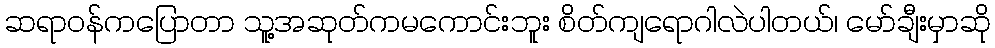
ဆရာဝန်ကပြောတာ သူ့အဆုတ်ကမကောင်းဘူး စိတ်ကျရောဂါလဲပါတယ်၊ မော်ချီးမှာဆို